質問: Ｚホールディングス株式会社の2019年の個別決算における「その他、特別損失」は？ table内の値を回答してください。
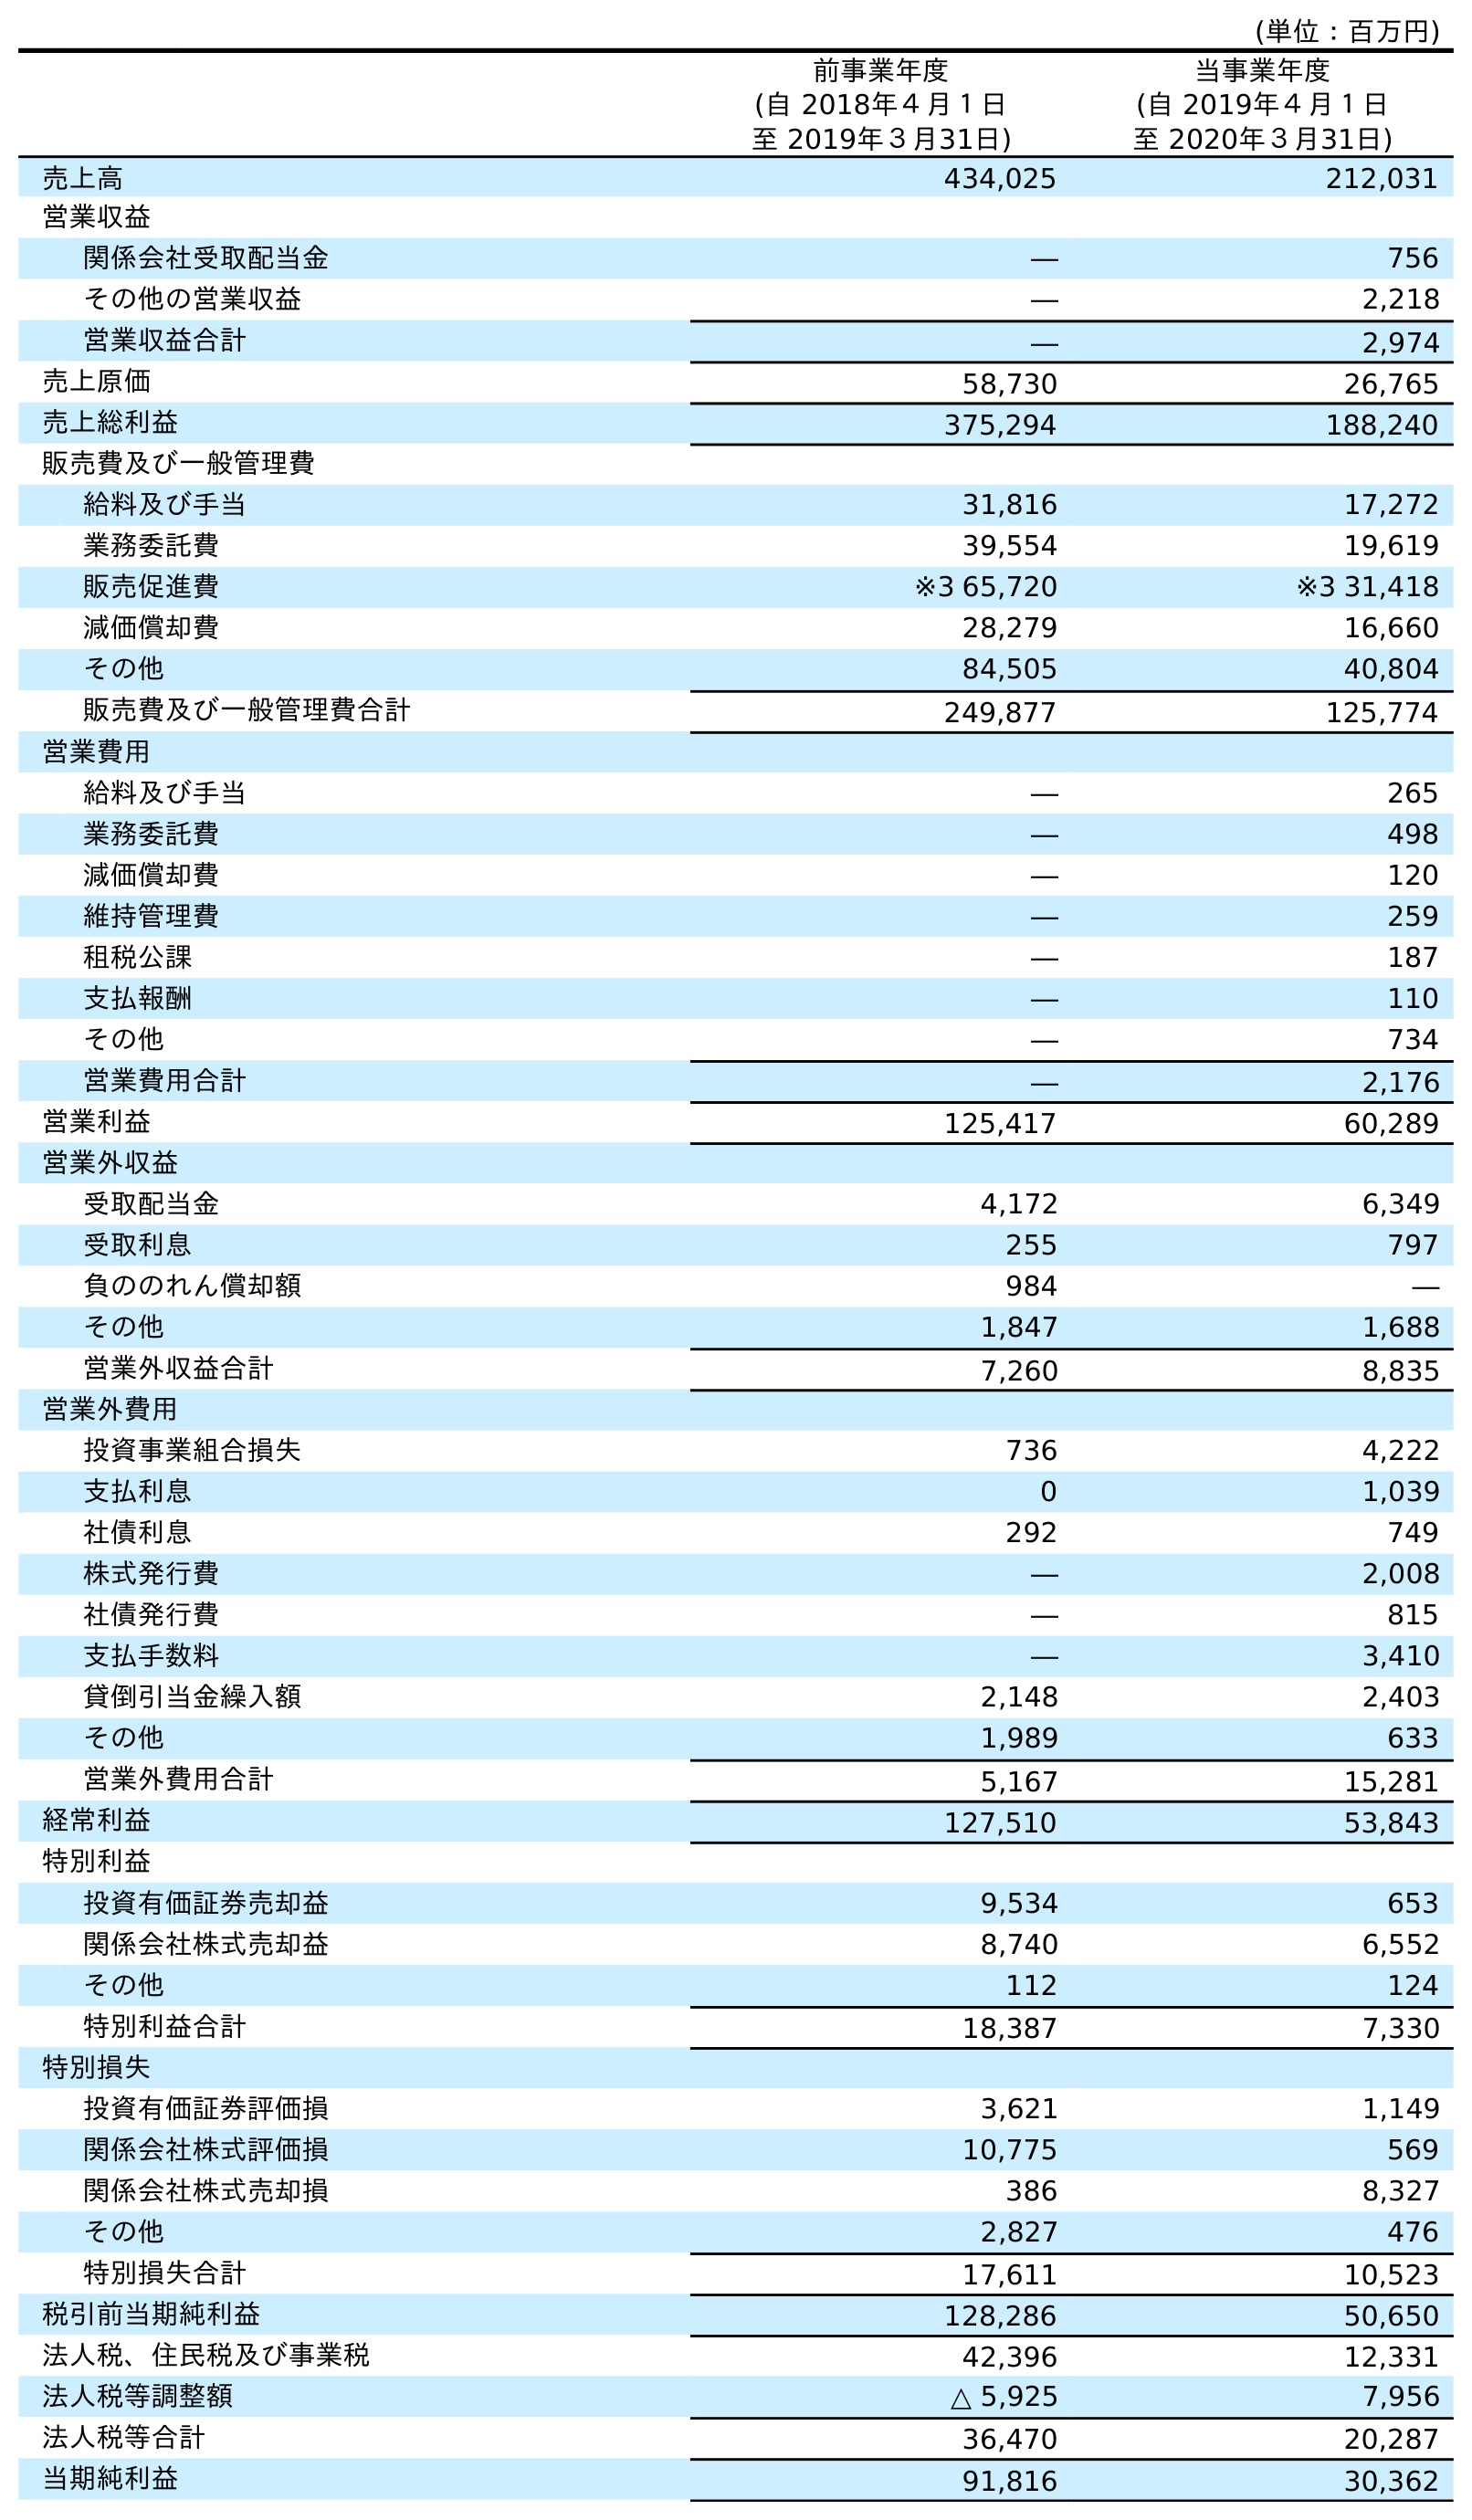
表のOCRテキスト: (単位：百万円) 前事業年度 (自 2018年４月１日 至 2019年３月31日) 当事業年度 (自 2019年４月１日 至 2020年３月31日) 売上高 434,025 212,031 営業収益 関係会社受取配当金 ― 756 その他の営業収益 ― 2,218 営業収益合計 ― 2,974 売上原価 58,730 26,765 売上総利益 375,294 188,240 販売費及び一般管理費 給料及び手当 31,816 17,272 業務委託費 39,554 19,619 販売促進費 ※3 65,720 ※3 31,418 減価償却費 28,279 16,660 その他 84,505 40,804 販売費及び一般管理費合計 249,877 125,774 営業費用 給料及び手当 ― 265 業務委託費 ― 498 減価償却費 ― 120 維持管理費 ― 259 租税公課 ― 187 支払報酬 ― 110 その他 ― 734 営業費用合計 ― 2,176 営業利益 125,417 60,289 営業外収益 受取配当金 4,172 6,349 受取利息 255 797 負ののれん償却額 984 ― その他 1,847 1,688 営業外収益合計 7,260 8,835 営業外費用 投資事業組合損失 736 4,222 支払利息 0 1,039 社債利息 292 749 株式発行費 ― 2,008 社債発行費 ― 815 支払手数料 ― 3,410 貸倒引当金繰入額 2,148 2,403 その他 1,989 633 営業外費用合計 5,167 15,281 経常利益 127,510 53,843 特別利益 投資有価証券売却益 9,534 653 関係会社株式売却益 8,740 6,552 その他 112 124 特別利益合計 18,387 7,330 特別損失 投資有価証券評価損 3,621 1,149 関係会社株式評価損 10,775 569 関係会社株式売却損 386 8,327 その他 2,827 476 特別損失合計 17,611 10,523 税引前当期純利益 128,286 50,650 法人税、住民税及び事業税 42,396 12,331 法人税等調整額 △ 5,925 7,956 法人税等合計 36,470 20,287 当期純利益 91,816 30,362
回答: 2,827